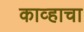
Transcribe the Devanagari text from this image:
काव्हाचा